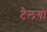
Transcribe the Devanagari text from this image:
टैलगो